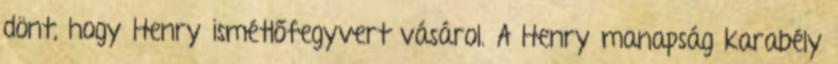
dönt, hogy Henry ismétlőfegyvert vásárol. A Henry manapság karabély